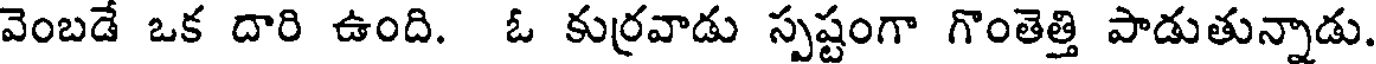
వెంబడే ఒక దారి ఉంది. ఓ కుర్రవాడు స్పష్టంగా గొంతెత్తి పాడుతున్నాడు.